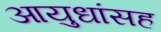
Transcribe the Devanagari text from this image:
आयुधांसह